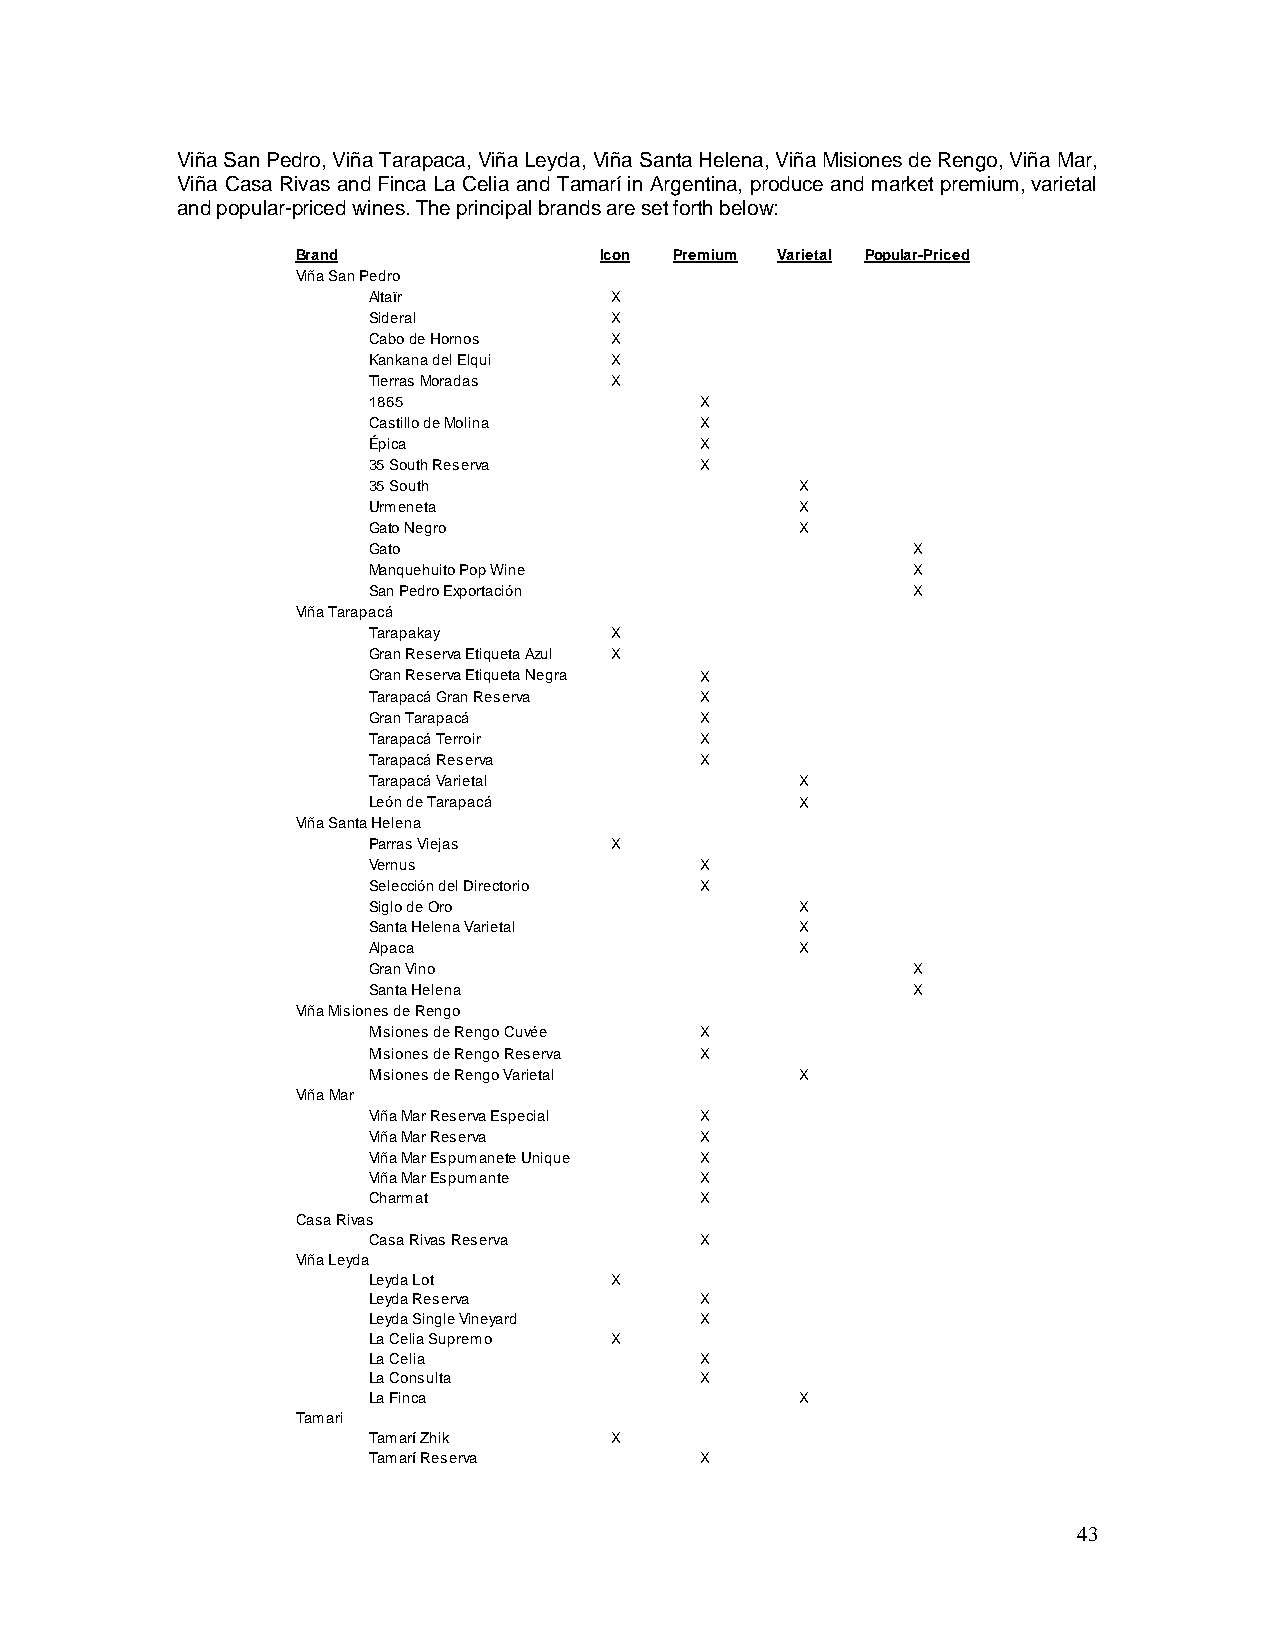
Viña San Pedro, Viña Tarapaca, Viña Leyda, Viña Santa Helena, Viña Misiones de Rengo, Viña Mar,
 Viña Casa Rivas and Finca La Celia and Tamarí in Argentina, produce and market premium, varietal
 and popular-priced wines. The principal brands are set forth below:
 Brand               Icon Premium Varietal Popular-Priced
 Viña San Pedro
 Altaïr          X
 Sideral         X
 Cabo de Hornos  X
 Kankana del Elqui X
 Tierras Moradas X
 1865                  X
 Castillo de Molina    X
 Épica                 X
 35 South Reserva      X
 35 South                     X
 Urmeneta                     X
 Gato Negro                   X
 Gato                                X
 Manquehuito Pop Wine                X
 San Pedro Exportación               X
 Viña Tarapacá
 Tarapakay       X
 Gran Reserva Etiqueta Azul X
 Gran Reserva Etiqueta Negra X
 Tarapacá Gran Reserva X
 Gran Tarapacá         X
 Tarapacá Terroir      X
 Tarapacá Reserva      X
 Tarapacá Varietal            X
 León de Tarapacá             X
 Viña Santa Helena
 Parras Viejas   X
 Vernus                X
 Selección del Directorio X
 Siglo de Oro                 X
 Santa Helena Varietal        X
 Alpaca                       X
 Gran Vino                           X
 Santa Helena                        X
 Viña Misiones de Rengo
 Misiones de Rengo Cuvée X
 Misiones de Rengo Reserva X
 Misiones de Rengo Varietal   X
 Viña Mar
 Viña Mar Reserva Especial X
 Viña Mar Reserva      X
 Viña Mar Espumanete Unique X
 Viña Mar Espumante    X
 Charmat               X
 Casa Rivas
 Casa Rivas Reserva    X
 Viña Leyda
 Leyda Lot       X
 Leyda Reserva         X
 Leyda Single Vineyard X
 La Celia Supremo X
 La Celia              X
 La Consulta           X
 La Finca                     X
 Tamari
 Tamarí Zhik     X
 Tamarí Reserva        X
 43